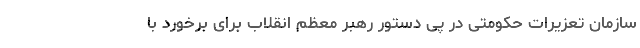
سازمان تعزیرات حکومتی در پی دستور رهبر معظم انقلاب برای برخورد با